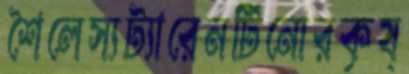
শৈলেস্যট্যারেনটিনোরকৃষ্